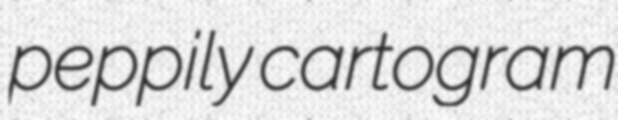
peppily cartogram